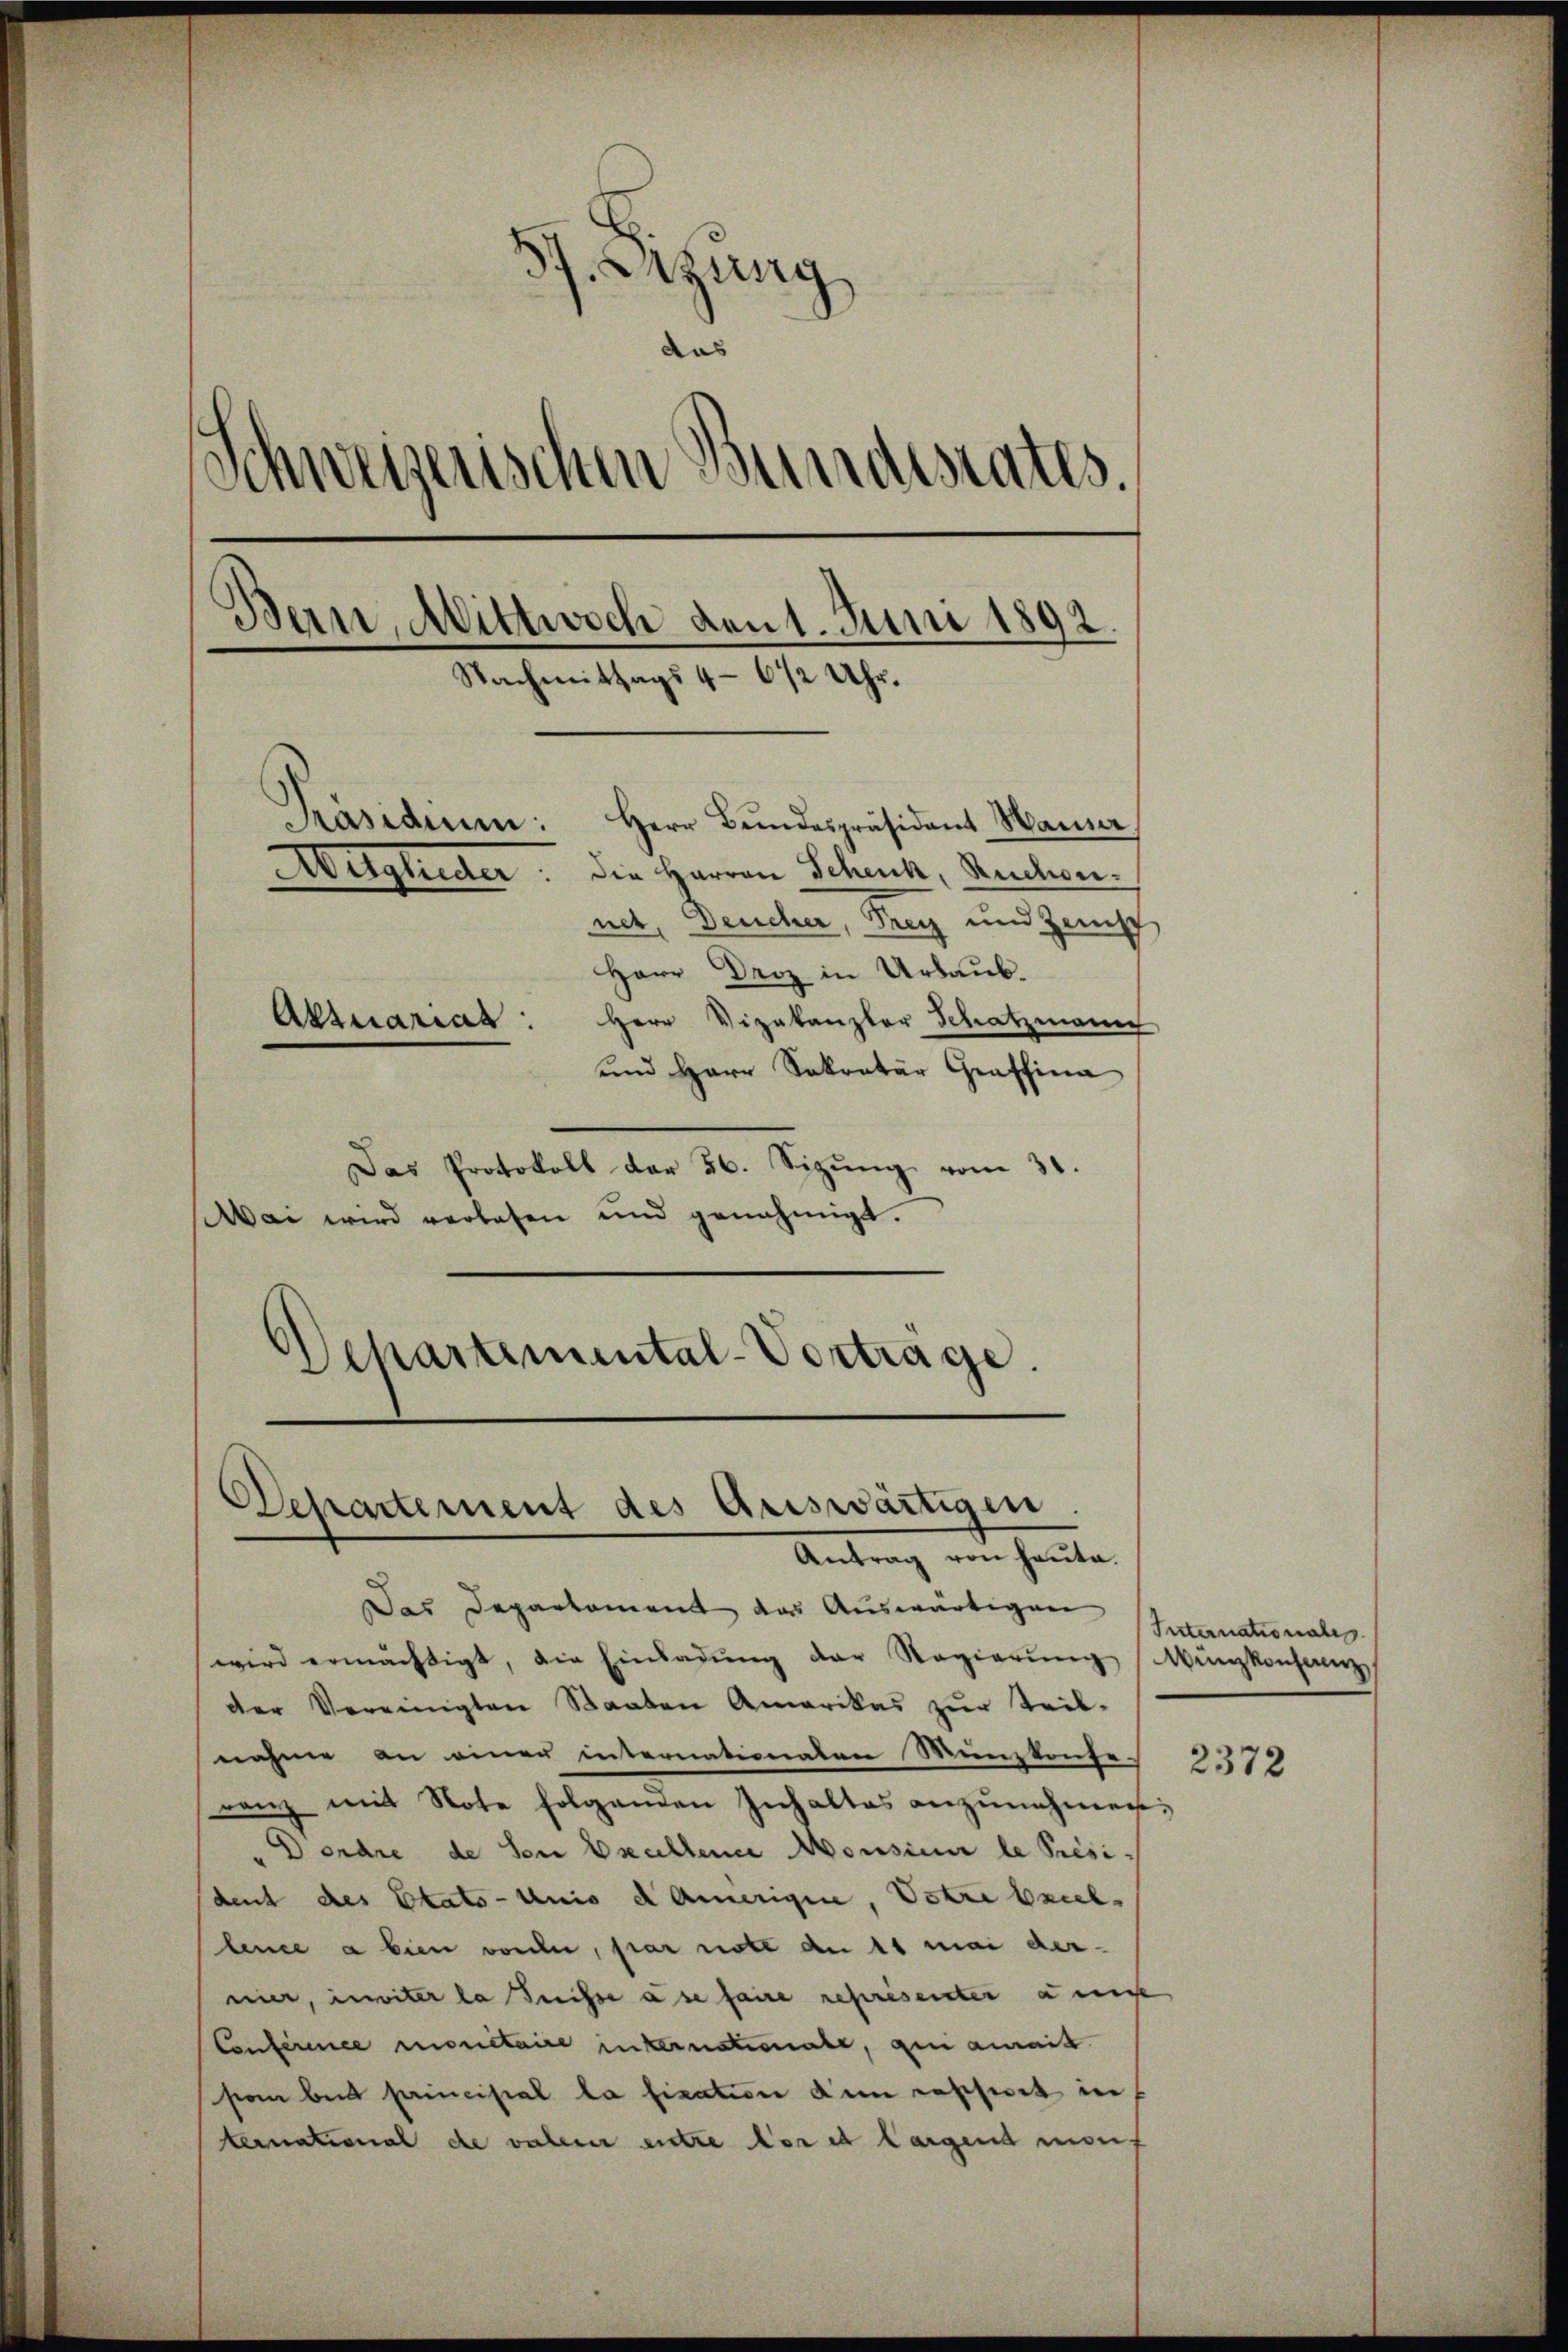
57. Sitzung
das
n
weizerischen Bundesrates.
Bern, Mittwoch den 1. Juni 1892.
Nachmittags 4-6 12 Uhr.
Ausglieder. Die Harren Schuck, Ruchwer.
Aktuariat

net, Deucher, Frey und Zeit
Herr Droz in Urlaub.
Herr Vizekanzler Schatzmann
und Herr Sekretär Graffina
Das Protokoll der 36. Sizŭng vom 31.
Mai wird verlesen und genehmigt.
Departemental-Vortrage.

Departement des Auswärtigen.
Antrag von heute.

Das Departament das Auswärtigen
wird ermächtigt, die Einladŭng der Regierŭng
der Vereinigten Staaten Amerikas zŭr Teil-
nahme an einer internationalen Münzkoufe.
renz mit Note folgenden Inhaltes anzŭnehmen:
Derdre de son Ekellence Monsieur le Prési-
dent des Etats-Anis d Amerigine, Votre briel
lence a bien vorher, par note an 11 mai dernier, inviter la Suisse a se faire représenter unse
Conference monetaire internationale, gen aurait.
son beid principal la fisation dem rascheit in
ternational de valen entze der et largend mons

Internationale
Münzkonferenz

2372